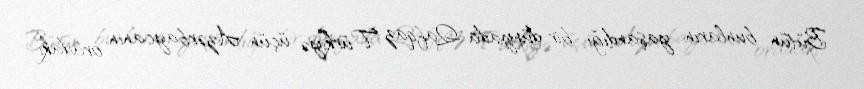
Bütün bunların yaşandığı bir dünyada Qafqaz Türkiyə üçün Azərbaycanın oradakı